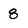
Character: 8